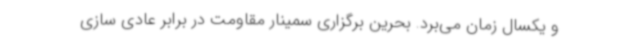
و یکسال زمان می‌برد. بحرین برگزاری سمینار مقاومت در برابر عادی سازی